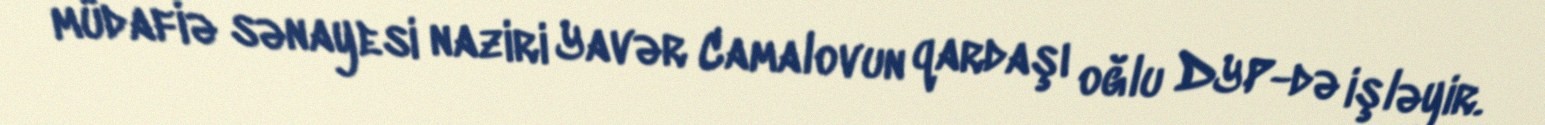
müdafiə sənayesi naziri Yavər Camalovun qardaşı oğlu DYP-də işləyir.